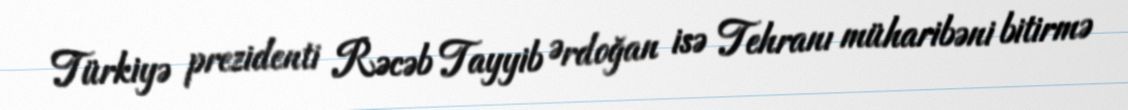
Türkiyə prezidenti Rəcəb Tayyib Ərdoğan isə Tehranı müharibəni bitirmə